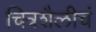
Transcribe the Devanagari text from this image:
चित्रशैलीचं